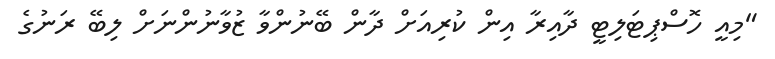
"މިއީ ހޮސްޕިޓަލިޓީ ދާއިރާ އިން ކުރިއަށް ދާން ބޭނުންވާ ޒުވާނުންނަށް ލިބޭ ރަނުގެ